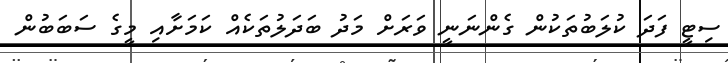
ސިޓީ ފަދަ ކުލަބުތަކުން ގެންނަނީ ވަރަށް މަދު ބަދަލުތަކެއް ކަމަށާއި މީގެ ސަބަބުން